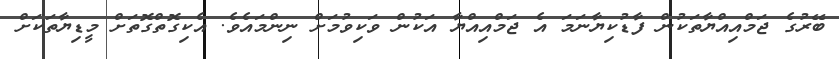
ބޭރުގެ ޖަމްއިއްޔާތަކުން ފާޑުކިޔާނަމަ އެ ޖަމްއިއްޔާ އަކުން ވަކިވުމަށް ނިންމައެވެ. އެކިގޮތްގޮތަށް މީޑިޔާތަކަށް